Source: Handwritten
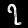
Digit: ၇ (7)